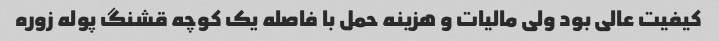
کیفیت عالی بود ولی مالیات و هزینه حمل با فاصله یک کوچه قشنگ پوله زوره